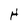
Character: H